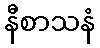
နီစာသနံ